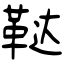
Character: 鞑